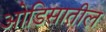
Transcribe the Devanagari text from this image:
ओडिसातील